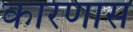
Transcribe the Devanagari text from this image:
कारणास